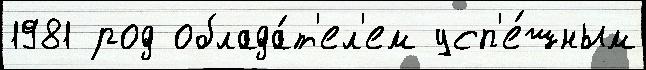
1981 род облада́т'ел'ем усп'е́шным